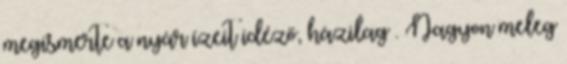
megismerte a nyár ízeit idéző, házilag . Nagyon meleg